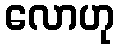
လောဟု